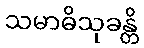
သမာဓိသုခန္တိ